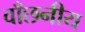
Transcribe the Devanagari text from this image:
वाँछनीय